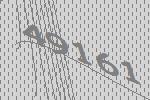
49161